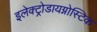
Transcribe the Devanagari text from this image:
इलेक्ट्रोडायग्नोस्टिक